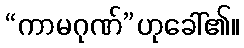
“ကာမဂုဏ်”ဟုခေါ်၏။